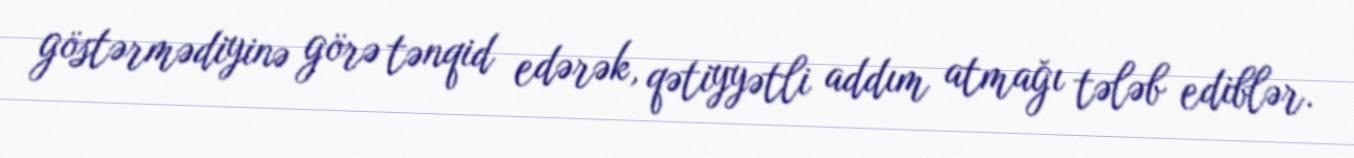
göstərmədiyinə görə tənqid edərək, qətiyyətli addım atmağı tələb ediblər.